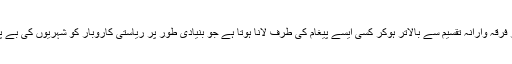
سیاسی جماعتوں کا اہم ترین فریضہ شہریوں کو نسلی، لسانی اور فرقہ وارانہ تقسیم سے بالاتر ہوکر کسی ایسے پیغام کی طرف لانا ہوتا ہے جو بنیادی طور پر ریاستی کاروبار کو شہریوں کی بے پناہ اکثریت کے لئے امن وخوشحالی فراہم کرنے کا وسیلہ بنائے۔